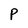
Character: P